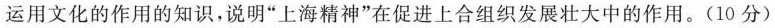
运用文化的作用的知识，说明”上海精神”在促进上合组织发展壮大中的作用。(10分)